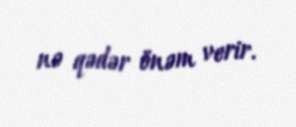
nə qədər önəm verir.